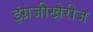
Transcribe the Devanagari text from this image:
इंग्रजीखेरीज